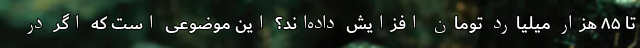
تا ۸۵ هزار میلیارد تومان افزایش داده‌اند؟ این موضوعی است که اگر در